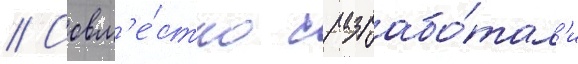
// Совм'е́стно с разрабо́тал'и